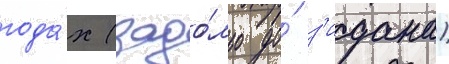
года́х (задо́лго до́ з'идана)